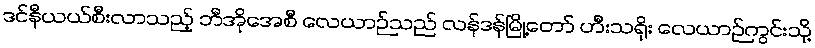
ဒင်နီယယ်စီးလာသည့် ဘီအိုအေစီ လေယာဉ်သည် လန်ဒန်မြို့တော် ဟီးသရိုး လေယာဉ်ကွင်းသို့